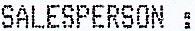
SALESPERSON: